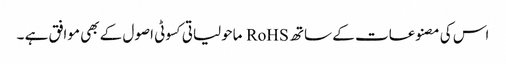
اس کی مصنوعات کے ساتھ RoHS ماحولیاتی کسوٹی اصول کے بھی موافق ہے ۔